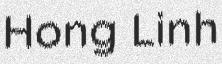
Hong Linh